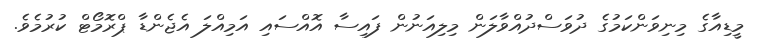
މީޑިއާގެ މިނިވަންކަމުގެ ދުވަސްދުއްވާލަން މިލިއަނުން ފައިސާ އޮއްސައި އަމިއްލަ އެޖެންޑާ ޕްރޮމޯޓް ކުރުމެވެ.